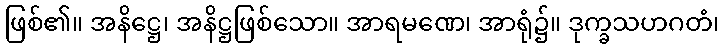
ဖြစ်၏။ အနိဋ္ဌေ၊ အနိဋ္ဌဖြစ်သော။ အာရမဏေ၊ အာရုံ၌။ ဒုက္ခသဟဂတံ၊